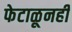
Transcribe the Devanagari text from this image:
फेटाळूनही